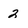
Character: 2